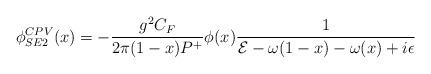
LaTeX: \begin{align*}\phi^{CPV}_{SE2}(x)=-{{g^2 C_F}\over {2\pi (1-x)P^+}}\phi(x){1\over {{\cal E}-\omega(1-x)-\omega(x)+i\epsilon}}\end{align*}